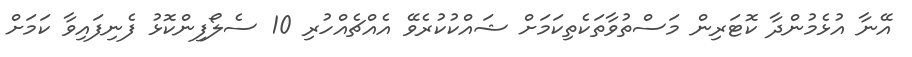
އޭނާ އުޅެމުންދާ ކޮޓަރިން މަސްތުވާތަކެތިކަމަށް ޝައްކުކުރެވޭ އެއްޗެއްހުރި 10 ސެލޯފިންކޮޅު ފެނިފައިވާ ކަަމަށް